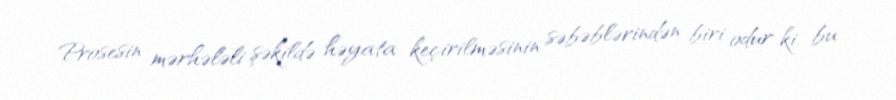
Prosesin mərhələli şəkildə həyata keçirilməsinin səbəblərindən biri odur ki, bu